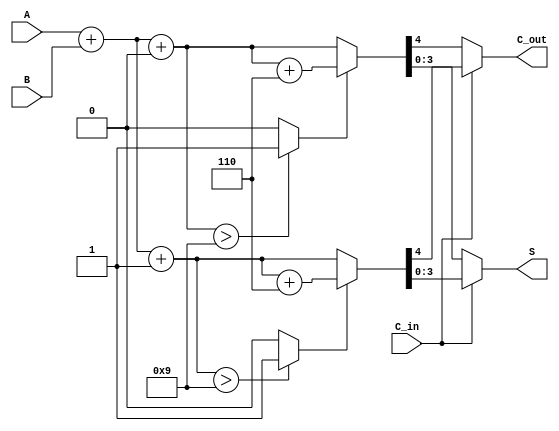
module BCD_Modified_Carry_Select_Adder (
    input  [3:0] A,      // First BCD digit
    input  [3:0] B,      // Second BCD digit
    input        C_in,    // Carry input
    output reg [3:0] S,   // BCD Sum
    output reg C_out      // Carry output
);

    wire [4:0] sum0;     // Sum when C_in = 0
    wire [4:0] sum1;     // Sum when C_in = 1
    wire carry0;         // Carry out when C_in = 0
    wire carry1;         // Carry out when C_in = 1

    // Full adder computations for both scenarios
    assign sum0 = A + B + 1'b0; // C_in = 0
    assign sum1 = A + B + 1'b1; // C_in = 1

    // Generate carry out for both sums
    assign carry0 = (sum0 > 4'b1001) ? 1'b1 : 1'b0; // Check if sum0 exceeds 9
    assign carry1 = (sum1 > 4'b1001) ? 1'b1 : 1'b0; // Check if sum1 exceeds 9

    // BCD Correction Logic
    wire [4:0] corrected_sum0 = carry0 ? sum0 + 5'b00110 : sum0; // Add 6 if carry0 is set
    wire [4:0] corrected_sum1 = carry1 ? sum1 + 5'b00110 : sum1; // Add 6 if carry1 is set

    // Select the appropriate sum based on C_in
    always @(*) begin
        if (C_in) begin
            S = corrected_sum1[3:0]; // Select sum when C_in = 1
            C_out = corrected_sum1[4]; // Carry out for C_in = 1
        end else begin
            S = corrected_sum0[3:0]; // Select sum when C_in = 0
            C_out = corrected_sum0[4]; // Carry out for C_in = 0
        end
    end

endmodule